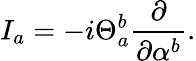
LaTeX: I_{a}=-i\Theta_{a}^{b}\frac{\partial}{\partial\alpha^{b}}.